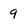
Character: 9